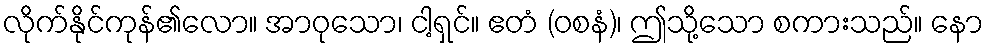
လိုက်နိုင်ကုန်၏လော။ အာဝုသော၊ ငါ့ရှင်။ ဧတံ (ဝစနံ)၊ ဤသို့သော စကားသည်။ နော